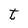
Character: t